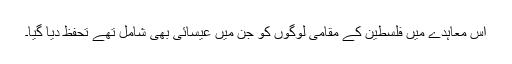
اس معاہدے میں فلسطین کے مقامی لوگوں کو جن میں عیسائی بھی شامل تھے تحفظ دیا گیا۔